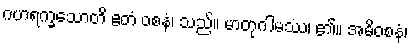
ဂဟရက္ခသောတိ ဧတံ ဝစနံ၊ သည်။ မာတုဂါမဿ၊ ၏။ အဓိဝစနံ၊